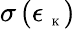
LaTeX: \sigma\left({\epsilon_{\mathrm{~\tiny~K~}}}\right)